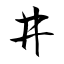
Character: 井